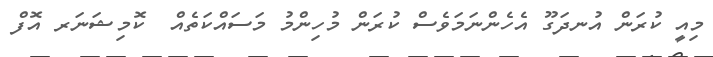
މިއީ ކުރަން އުނދަގޫ އެހެންނަމަވެސް ކުރަން މުހިންމު މަސައްކަތެއް  ކޮމިޝަނަރ އޮފް